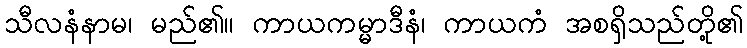
သီလနံနာမ၊ မည်၏။ ကာယကမ္မာဒီနံ၊ ကာယကံ အစရှိသည်တို့၏